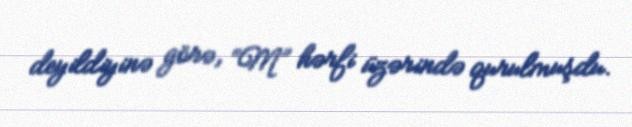
deyildiyinə görə, “M” hərfi üzərində qurulmuşdu.